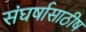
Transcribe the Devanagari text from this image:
संघर्षासाठीष